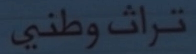
تراث وطني